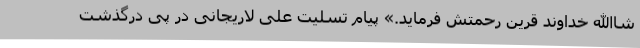
شاالله خداوند قرین رحمتش فرماید.» پیام تسلیت علی لاریجانی در پی درگذشت